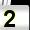
Digit: 2